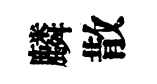
麟散